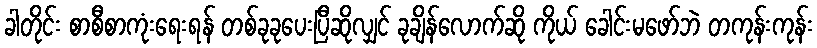
ခါတိုင်း စာစီစာကုံးရေးရန် တစ်ခုခုပေးပြီဆိုလျှင် ခုချိန်လောက်ဆို ကိုယ် ခေါင်းမဖော်ဘဲ တကုန်းကုန်း